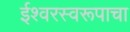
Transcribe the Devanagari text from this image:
ईश्वरस्वरूपाचा